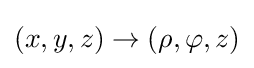
(x,y,z)\rightarrow (\rho ,\varphi ,z)